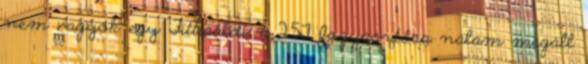
nem vagyok egy Fittipaldi, a 2.5T fogyasztása nálam megáll